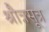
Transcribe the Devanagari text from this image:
श्रौत्रसूत्र